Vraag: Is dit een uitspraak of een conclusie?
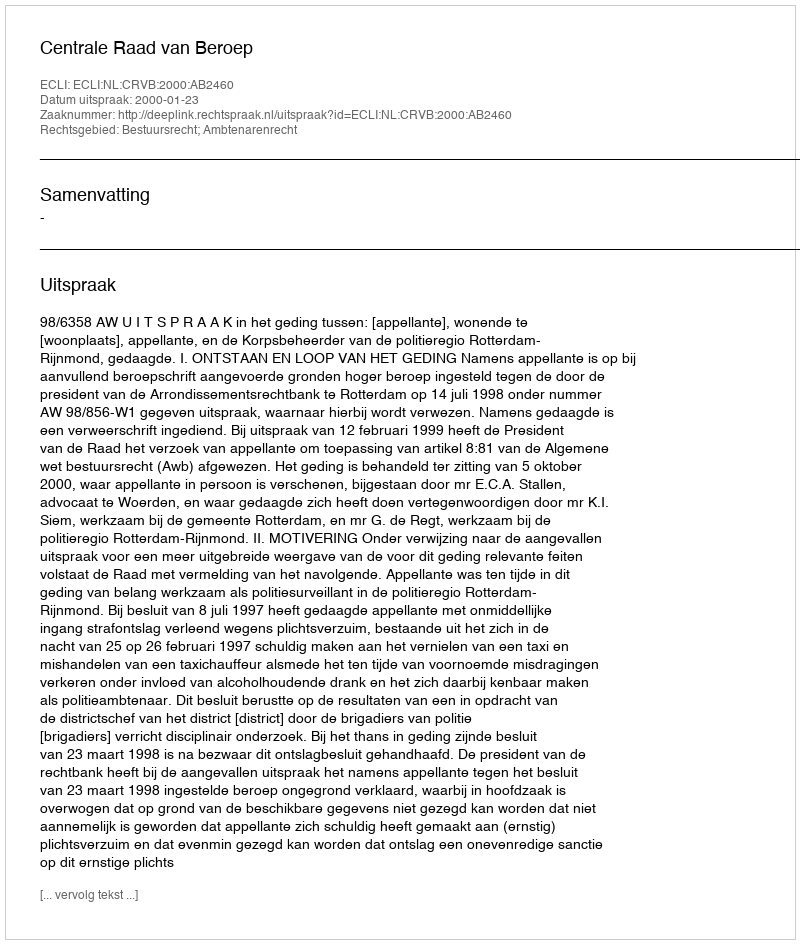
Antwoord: Uitspraak